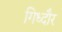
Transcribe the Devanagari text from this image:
गिध्दौर